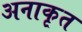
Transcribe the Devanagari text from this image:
अनाकृत